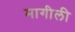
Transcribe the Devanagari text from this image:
मागीली